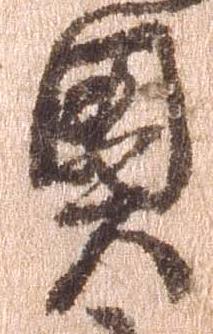
奥